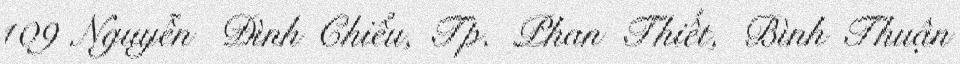
109 Nguyễn Đình Chiểu, Tp. Phan Thiết, Bình Thuận